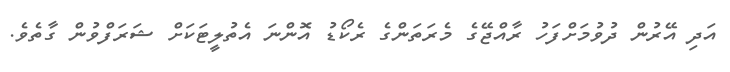
އަދި އޭރުން ދުވުމަށްފަހު ރާއްޖޭގެ މެރަތަންގެ ރެކޯޑު އޮންނަ އެތުލީޓަކަށް ޝަރަފްވުން ގާތެވެ.